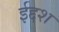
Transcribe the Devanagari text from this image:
ईद्दश